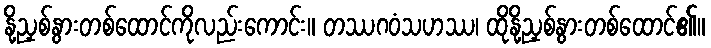
နို့ညှစ်နွားတစ်ထောင်ကိုလည်းကောင်း။ တဿဂဝံသဟဿ၊ ထိုနို့ညှစ်နွားတစ်ထောင်၏။